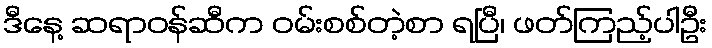
ဒီနေ့ ဆရာဝန်ဆီက ဝမ်းစစ်တဲ့စာ ရပြီ၊ ဖတ်ကြည့်ပါဦး